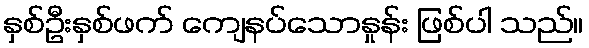
နှစ်ဦးနှစ်ဖက် ကျေနပ်သောနှုန်း ဖြစ်ပါ သည်။